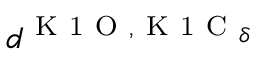
d ^ { \mathrm { ~ K ~ 1 ~ O ~ } , \mathrm { ~ K ~ 1 ~ C ~ } _ { \delta } }